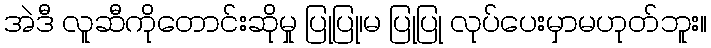
အဲဒီ လူဆီကိုတောင်းဆိုမှု ပြုပြု၊မ ပြုပြု လုပ်ပေးမှာမဟုတ်ဘူး။